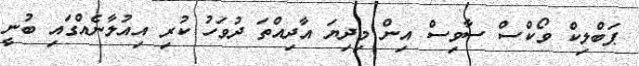
ޕަބްލިކް ވޯކްސް ސާވިސް އިން މިދިޔަ އާދިއްތަ ދުވަހު ކުރި އިއުލާނެއްގައި ބުނީ